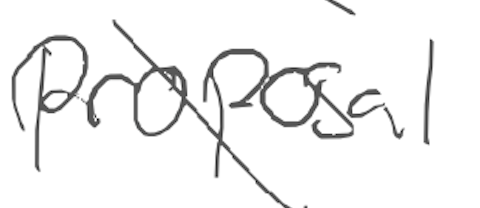
Text: proposal
Cross-out: diagonal
Writing tool: digital_gray